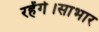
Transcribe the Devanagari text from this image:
रहेंगे।साभार